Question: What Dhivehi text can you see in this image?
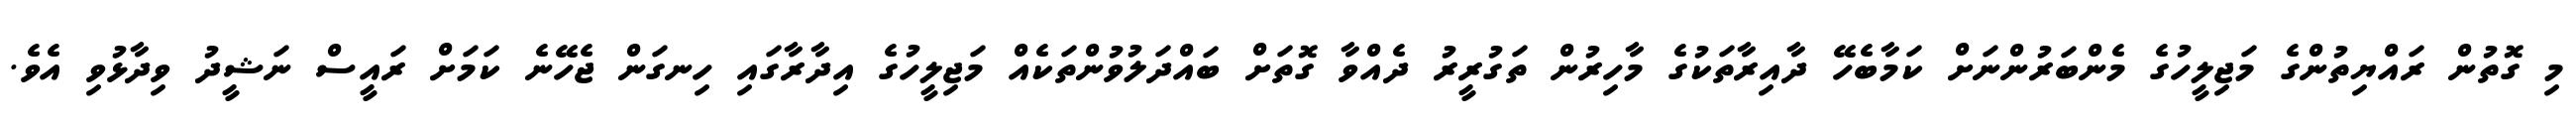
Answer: މި ގޮތުން ރައްޔިތުންގެ މަޖިލީހުގެ މެންބަރުންނަށް ކަމާބެހޭ ދާއިރާތަކުގެ މާހިރުން ތަގުރީރު ދެއްވާ ގޮތަށް ބައްދަލުވުންތަކެއް މަޖިލީހުގެ އިދާރާގައި ހިނގަން ޖެހޭނެ ކަމަށް ރައީސް ނަޝީދު ވިދާޅުވި އެވެ.